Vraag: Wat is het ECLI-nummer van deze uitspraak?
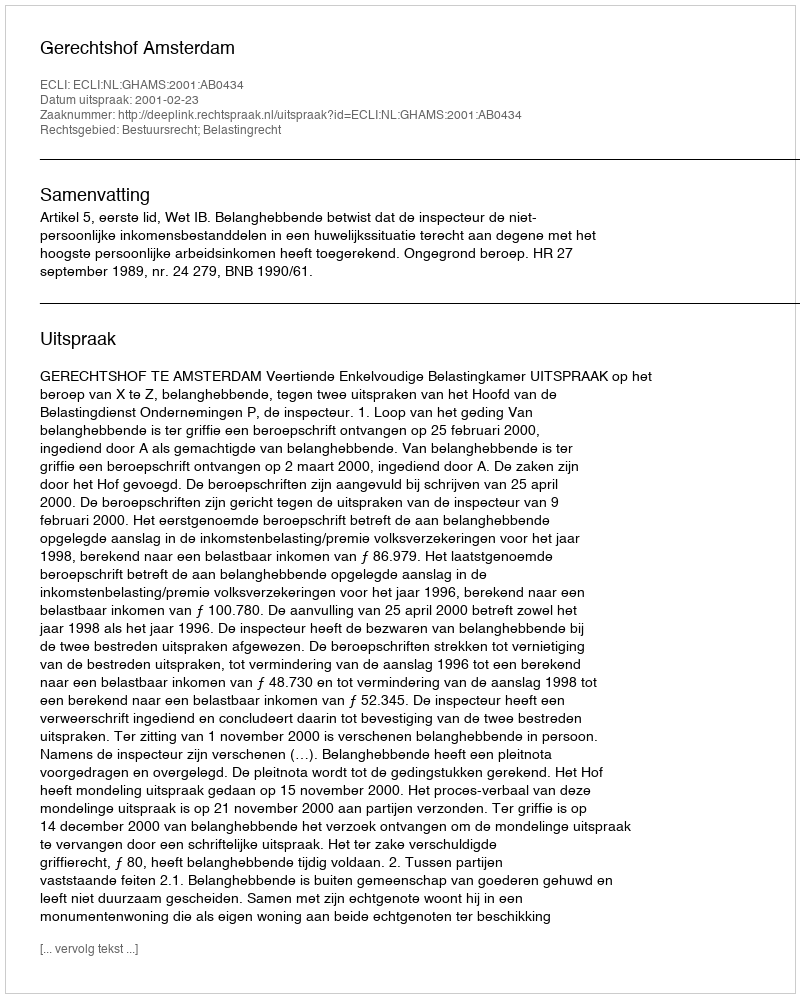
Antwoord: ECLI:NL:GHAMS:2001:AB0434